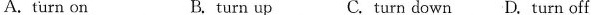
A.turn on B. turn up C. turn down D. Turn off